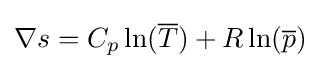
\nabla s=C_{p}\ln({\overline {T}})+R\ln({\overline {p}})